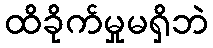
ထိခိုက်မှုမရှိဘဲ